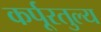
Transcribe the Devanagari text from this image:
कर्पूरतुल्य